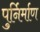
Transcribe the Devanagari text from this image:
पुर्निर्माण